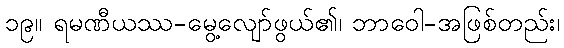
၁၉။ ရမဏီယဿ-မွေ့လျော်ဖွယ်၏၊ ဘာဝေါ-အဖြစ်တည်း၊